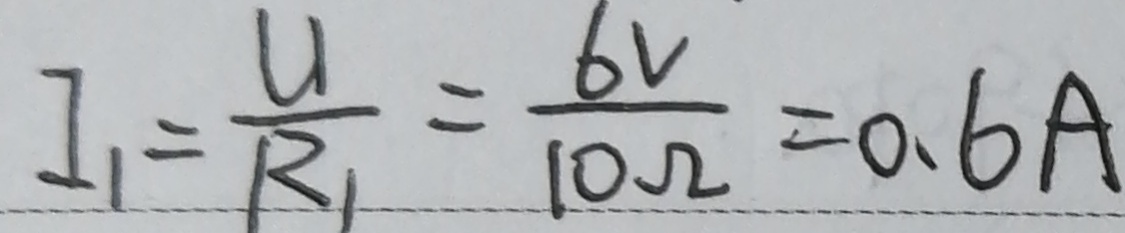
I _ { 1 } = \frac { u } { R _ { 1 } } = \frac { 6 v } { 1 0 \Omega } = 0 . 6 A